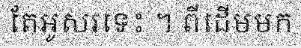
តែអូសរទេះ ។ ពីដើមមក